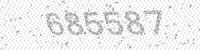
Solution: 685587